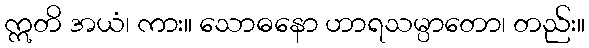
ဣတိ အယံ၊ ကား။ သောဓနော ဟာရသမ္ပာတော၊ တည်း။